Jarvakandi_vallavalitsus, lk 29
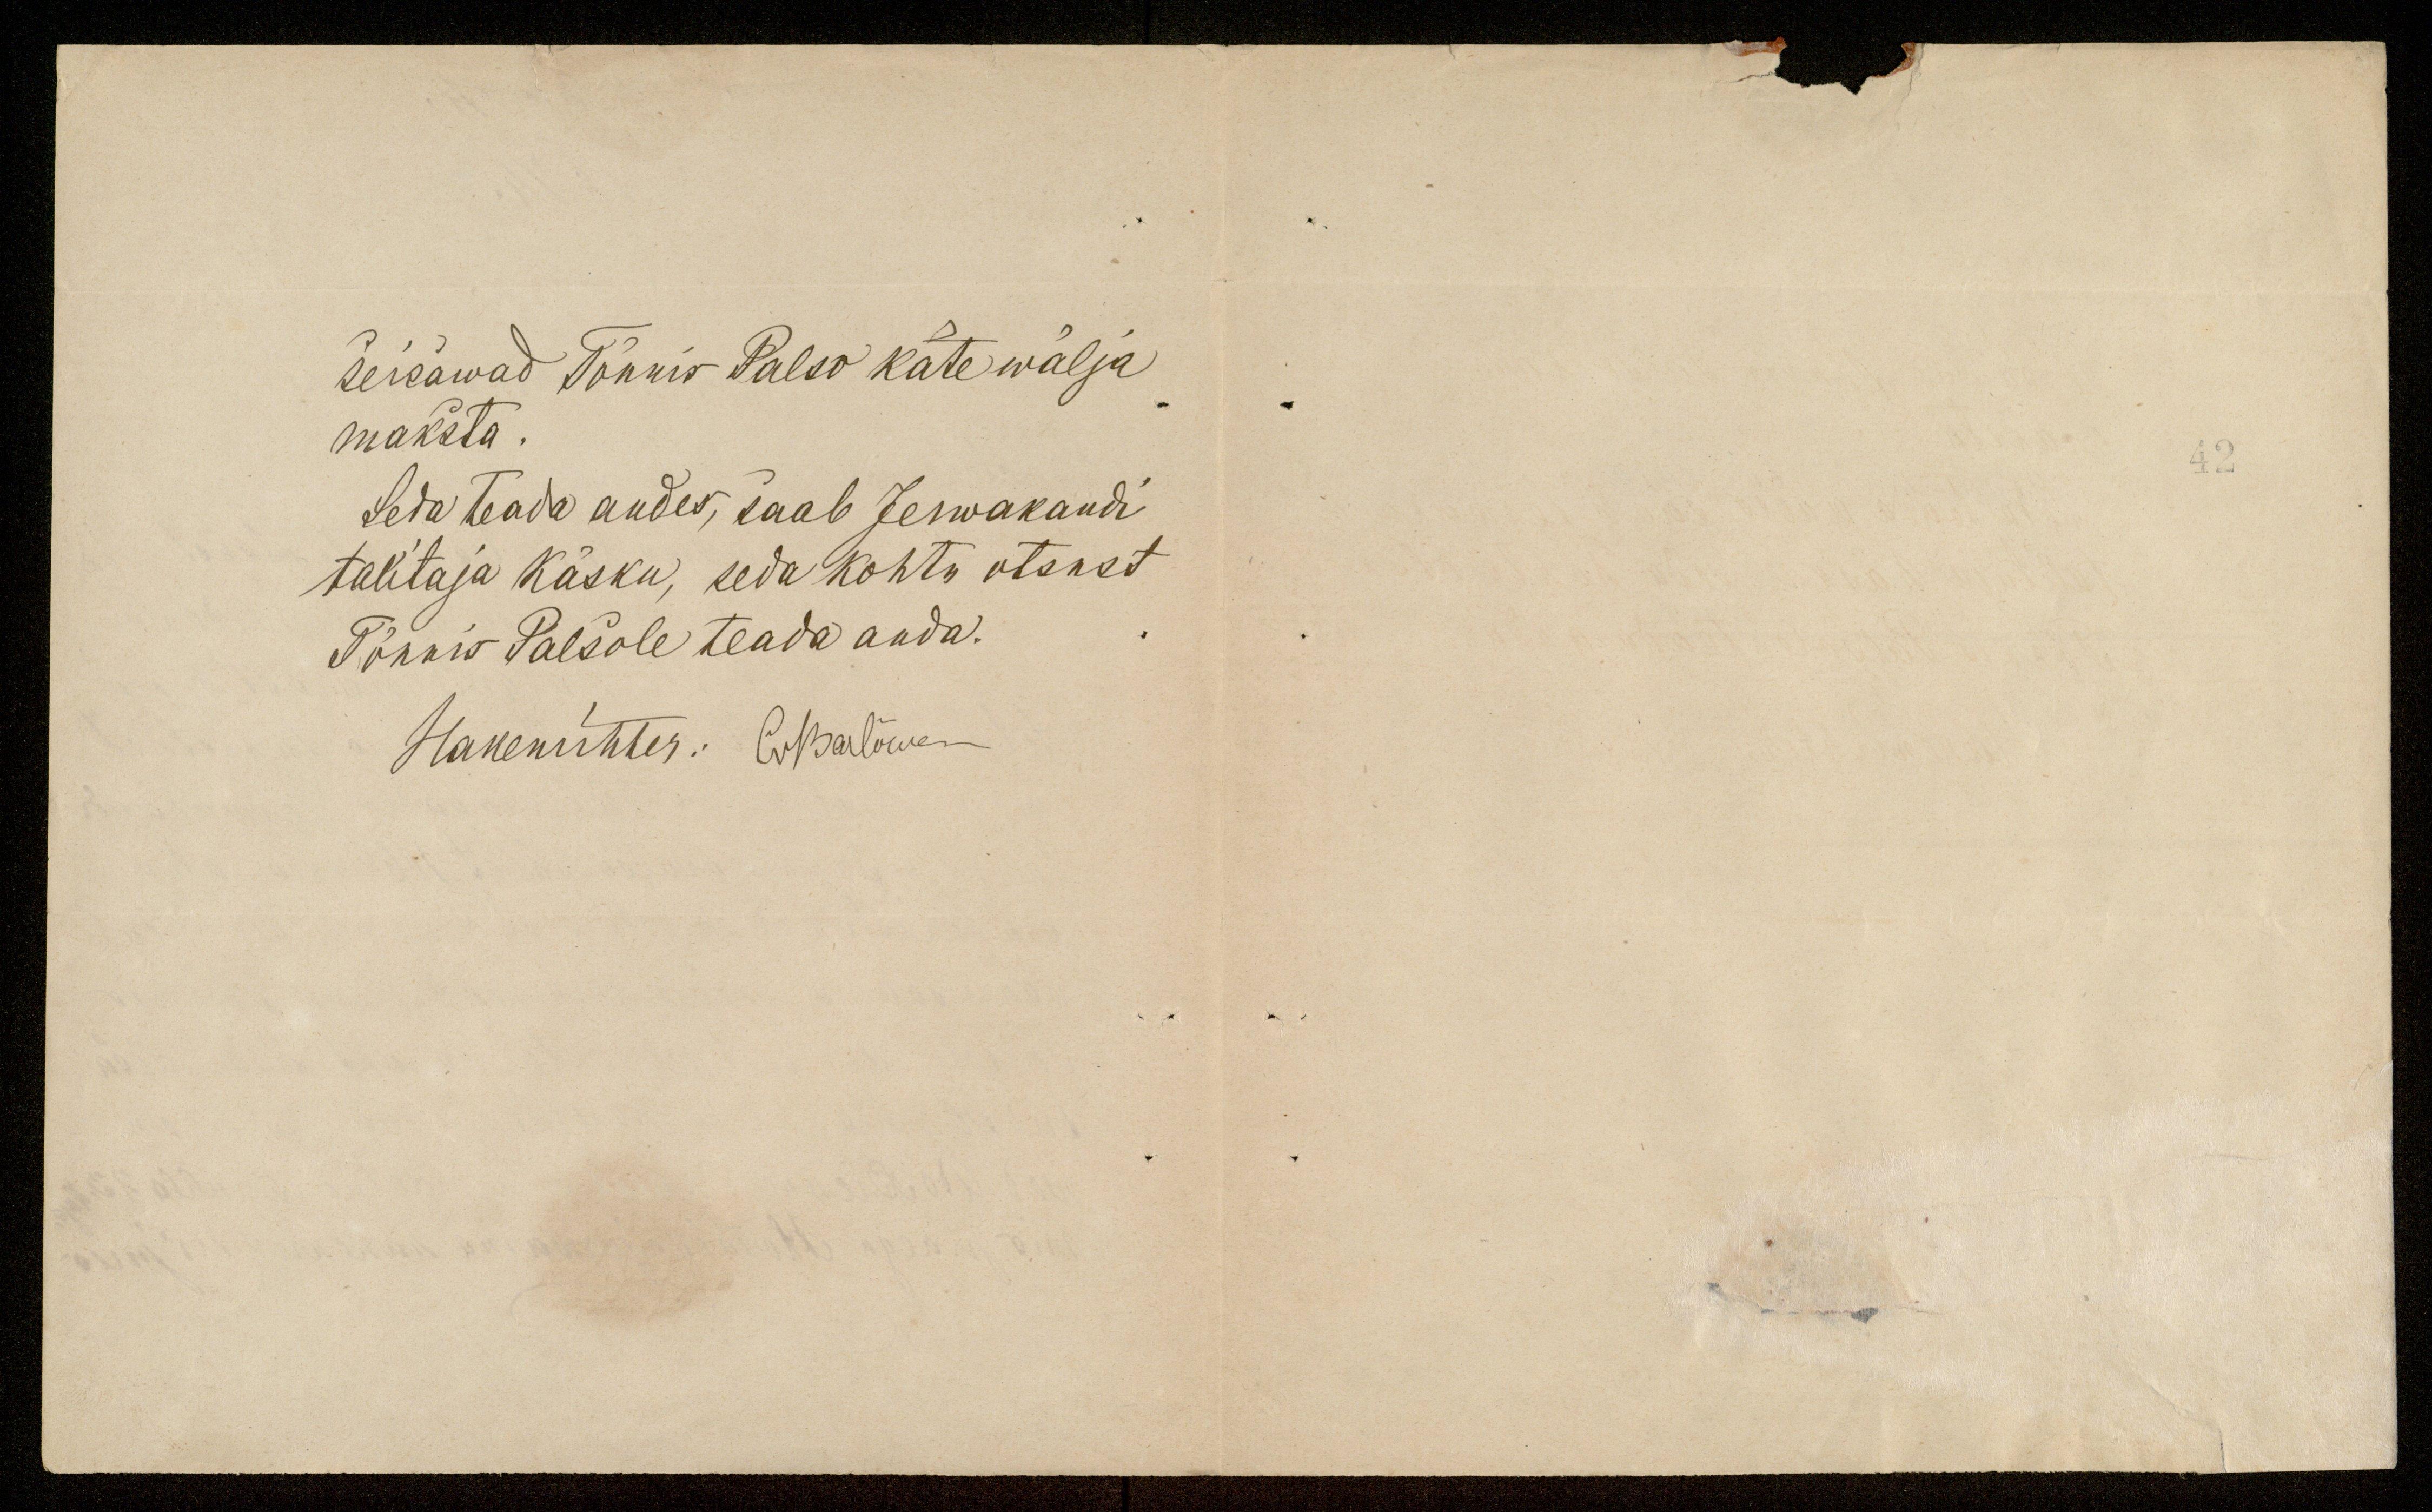
seisawad Tõnnis Balso käte wälja
maksta.
Seda teada andes, saab Jerwakandi
talitaja käsku, seda kohtu otsust
Tõnnis Balsole teada anda.
Hakenrihter: ENsalõwe-